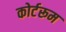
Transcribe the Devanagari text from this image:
कोर्टरूम